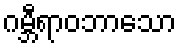
ဂမ္ဘီရာဝဘာသော